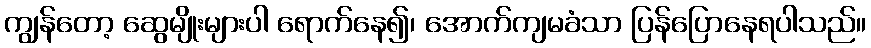
ကျွန်တော့ ဆွေမျိုးများပါ ရောက်နေ၍၊ အောက်ကျမခံသာ ပြန်ပြောနေရပါသည်။